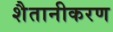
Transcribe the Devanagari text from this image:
शैतानीकरण